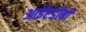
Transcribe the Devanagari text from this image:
आईएडीबी